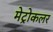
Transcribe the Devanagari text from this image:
मेट्रोकलर